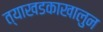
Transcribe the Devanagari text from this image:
त्याखडकाखालुन